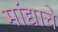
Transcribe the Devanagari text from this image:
मांद्याचे